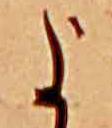
に